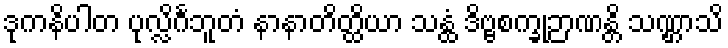
ဒုကနိပါတ ပုလ္လိင်္ဂဘူတံ နာနာတိတ္ထိယာ သန္ထံ ဒိဗ္ဗစက္ခုဉာဏန္တိ သဏ္ဌာသိ